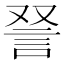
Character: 𫌵